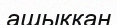
ашыққан